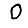
Digit: 0